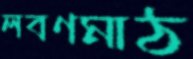
লবণমাঠ